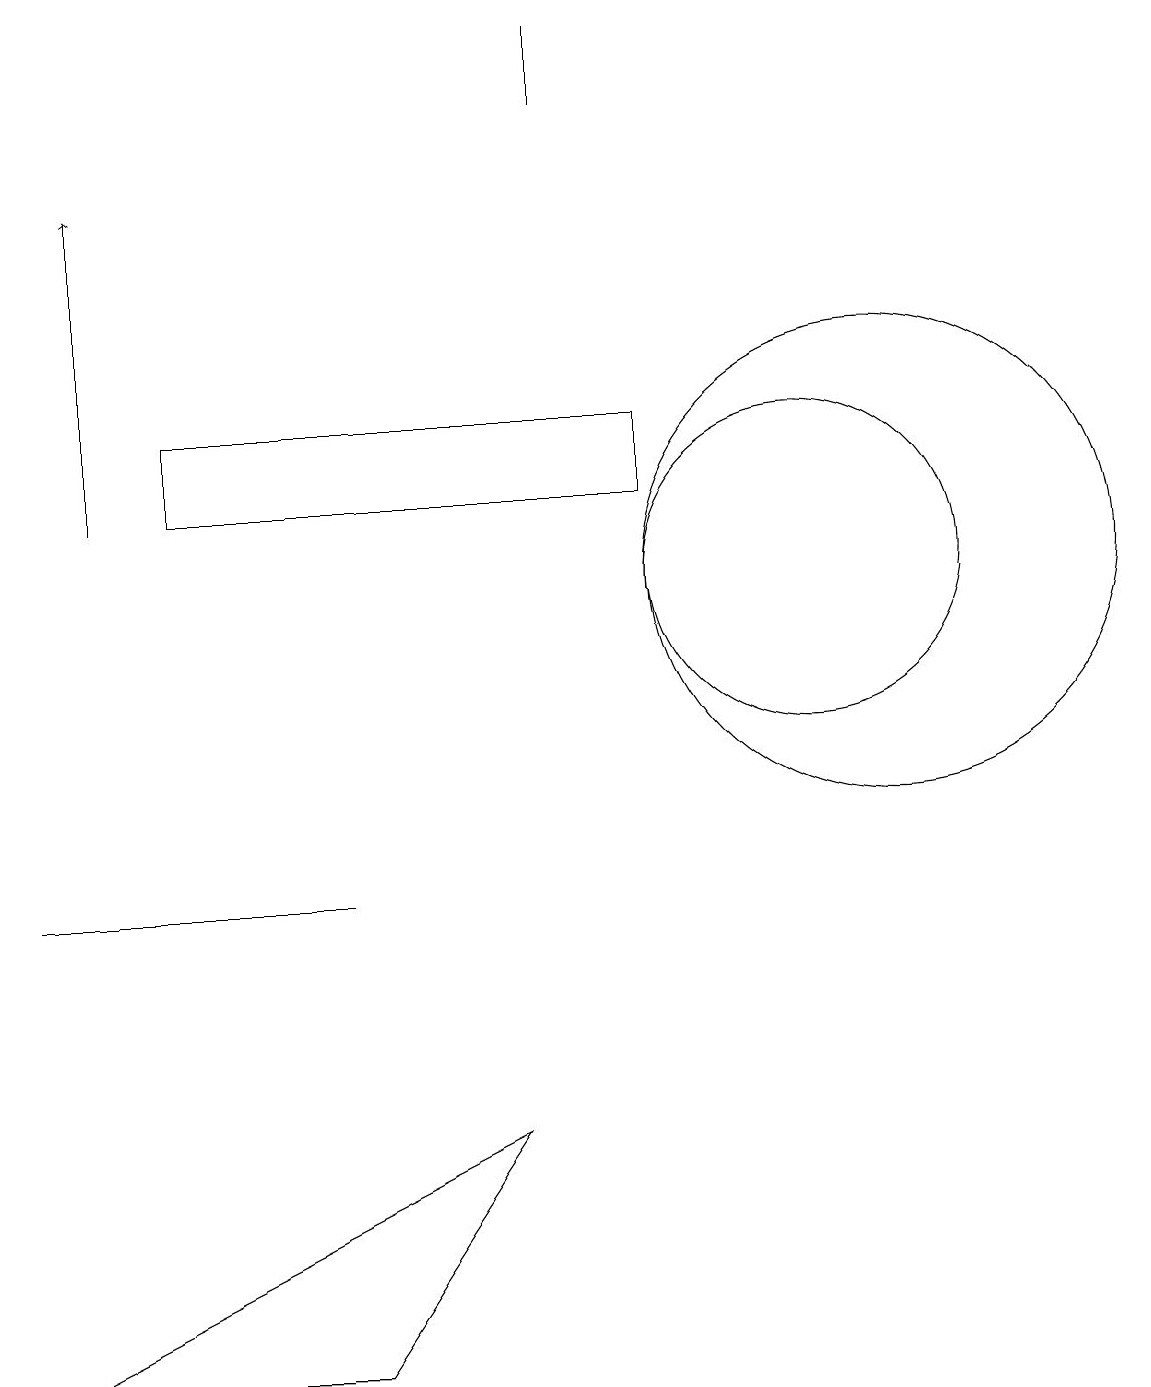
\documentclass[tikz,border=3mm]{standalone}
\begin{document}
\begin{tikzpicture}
\draw (10,11) circle (2);
\draw (8,13) rectangle (2,12);
\draw[->] (1,12) -- (1,16);
\draw (4,1) -- (6,4) -- (0,1) -- cycle;
\draw (2,7) -- (0,7) -- (4,7) -- cycle;
\draw (11,11) circle (3);
\draw (7,18) rectangle (7,17);
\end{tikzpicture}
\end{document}